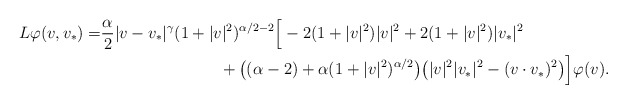
\begin{align*}L\varphi(v,v_*)=&\frac \alpha 2 |v-v_*|^\gamma (1+|v|^2)^{\alpha/2-2}\Big[-2(1+|v|^2)|v|^2+ 2(1+|v|^2)|v_*|^2\\& \hskip3cm+ \big((\alpha-2)+\alpha (1+|v|^2)^{\alpha/2}\big)\big(|v|^2|v_*|^2-(v\cdot v_*)^2\big)\Big]\varphi(v).\end{align*}